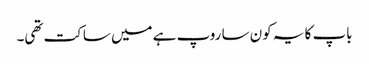
باپ کا یہ کون سا روپ ہے میں ساکت تھی۔